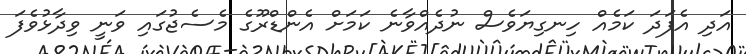
އަދި އެފަދަ ކަމެއް ހިނގިޔަވެސް ނުދެއްވާނެ ކަމަށް އެންޑްރޫގެ މެސެޖުގައި ވަނީ ވިދާޅުވެފަ